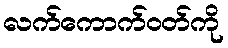
လက်ကောက်ဝတ်ကို